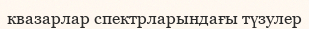
квазарлар спектрларындағы түзулер